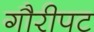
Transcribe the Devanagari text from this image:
गौरीपट